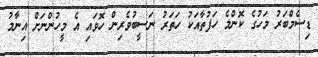
ޑިސެމްބަރު މަހުގެ ކޮންމެ ހަފުތާއަކު ހަތަރު ނަސީބުވެރިން ހޮވައި އެ މީހުންނަށް އިނާމު